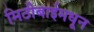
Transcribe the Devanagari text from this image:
मिठीबाईमधून